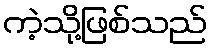
ကဲ့သို့ဖြစ်သည်